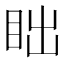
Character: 𬑎